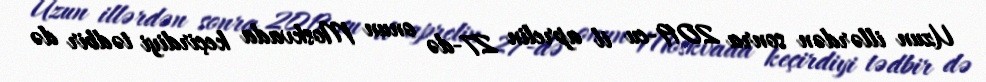
Uzun illərdən sonra 2019-cu il aprelin 27-də onun Moskvada keçirdiyi tədbir də